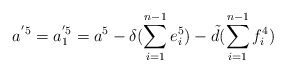
\begin{align*}a^{'5}=a^{'5}_1=a^5-\delta (\sum_{i=1}^{n-1}e^5_i) - \tilde{d}(\sum_{i=1}^{n-1}f^4_i)\end{align*}